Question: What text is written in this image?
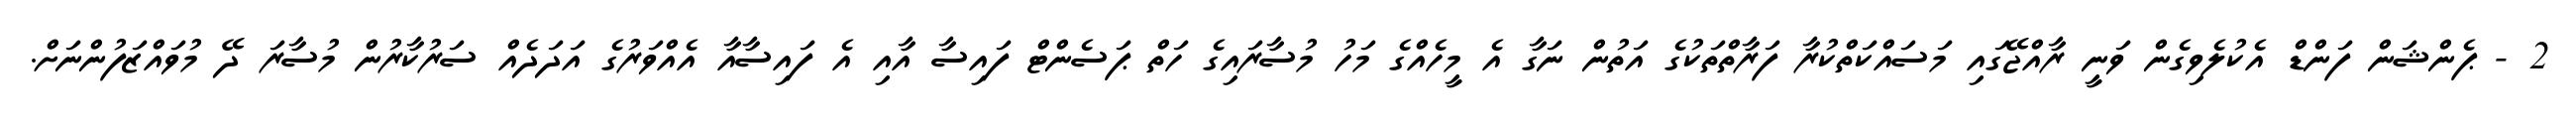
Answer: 2 - ޕެންޝަން ފަންޑް އެކުލެވިގެން ވަނީ ރާއްޖޭގައި މަސައްކަތްކުރާ ފަރާތްތަކުގެ އަތުން ނަގާ އެ މީހެއްގެ މަހު މުސާރައިގެ ހަތް ޕަސެންޓް ފައިސާ އާއި އެ ފައިސާއާ އެއްވަރުގެ އަދަދެއް ސަރުކާރުން މުސާރަ ދޭ މުވައްޒަފުންނަށް.